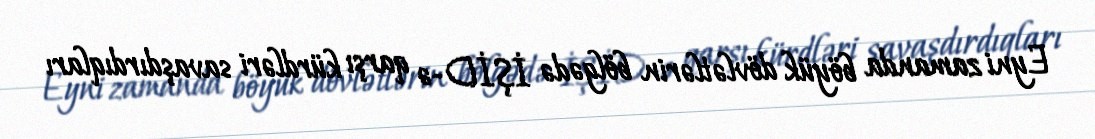
Eyni zamanda böyük dövlətlərin bölgədə İŞİD-ə qarşı kürdləri savaşdırdıqları